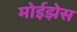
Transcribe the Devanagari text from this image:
मोईझेस